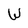
Character: W